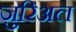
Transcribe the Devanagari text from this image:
ज़ुरिअल